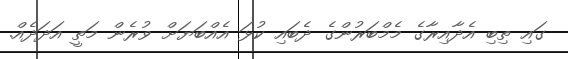
ގައި ތިބި އެދާއިރާގެ މެމްބަރުންގެ ދެބައި ކުޅަ އެއްބަޔަށް ވުރެން މަތީ އަދަދެއް.